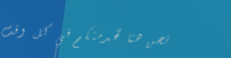
نحن هنا لخدمتكم في كل وقت